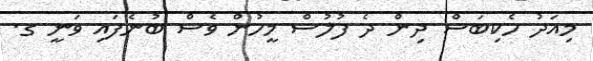
މިއަދު ހެކިބަސް ދިން ދެ ފުލުސް މީހުން ވެސް ބުނެފައި ވަނީ ގ.